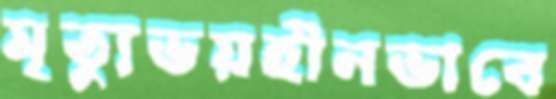
মৃত্যুভয়হীনভাবে